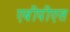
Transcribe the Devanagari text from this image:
एबीपीएस